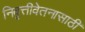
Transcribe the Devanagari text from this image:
निवृत्तीवेतनासाठी